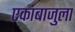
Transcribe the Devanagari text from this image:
एकाबाजुला